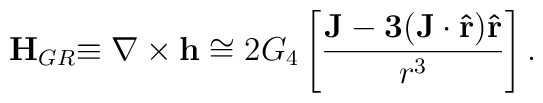
{\bf H}_{GR}{\bf \equiv \nabla \times h} \cong 2G_4 \left [ {\frac {\bf J - 3({\bf J \cdot \hat r}){\bf \hat r}}{r^3}}\right ].